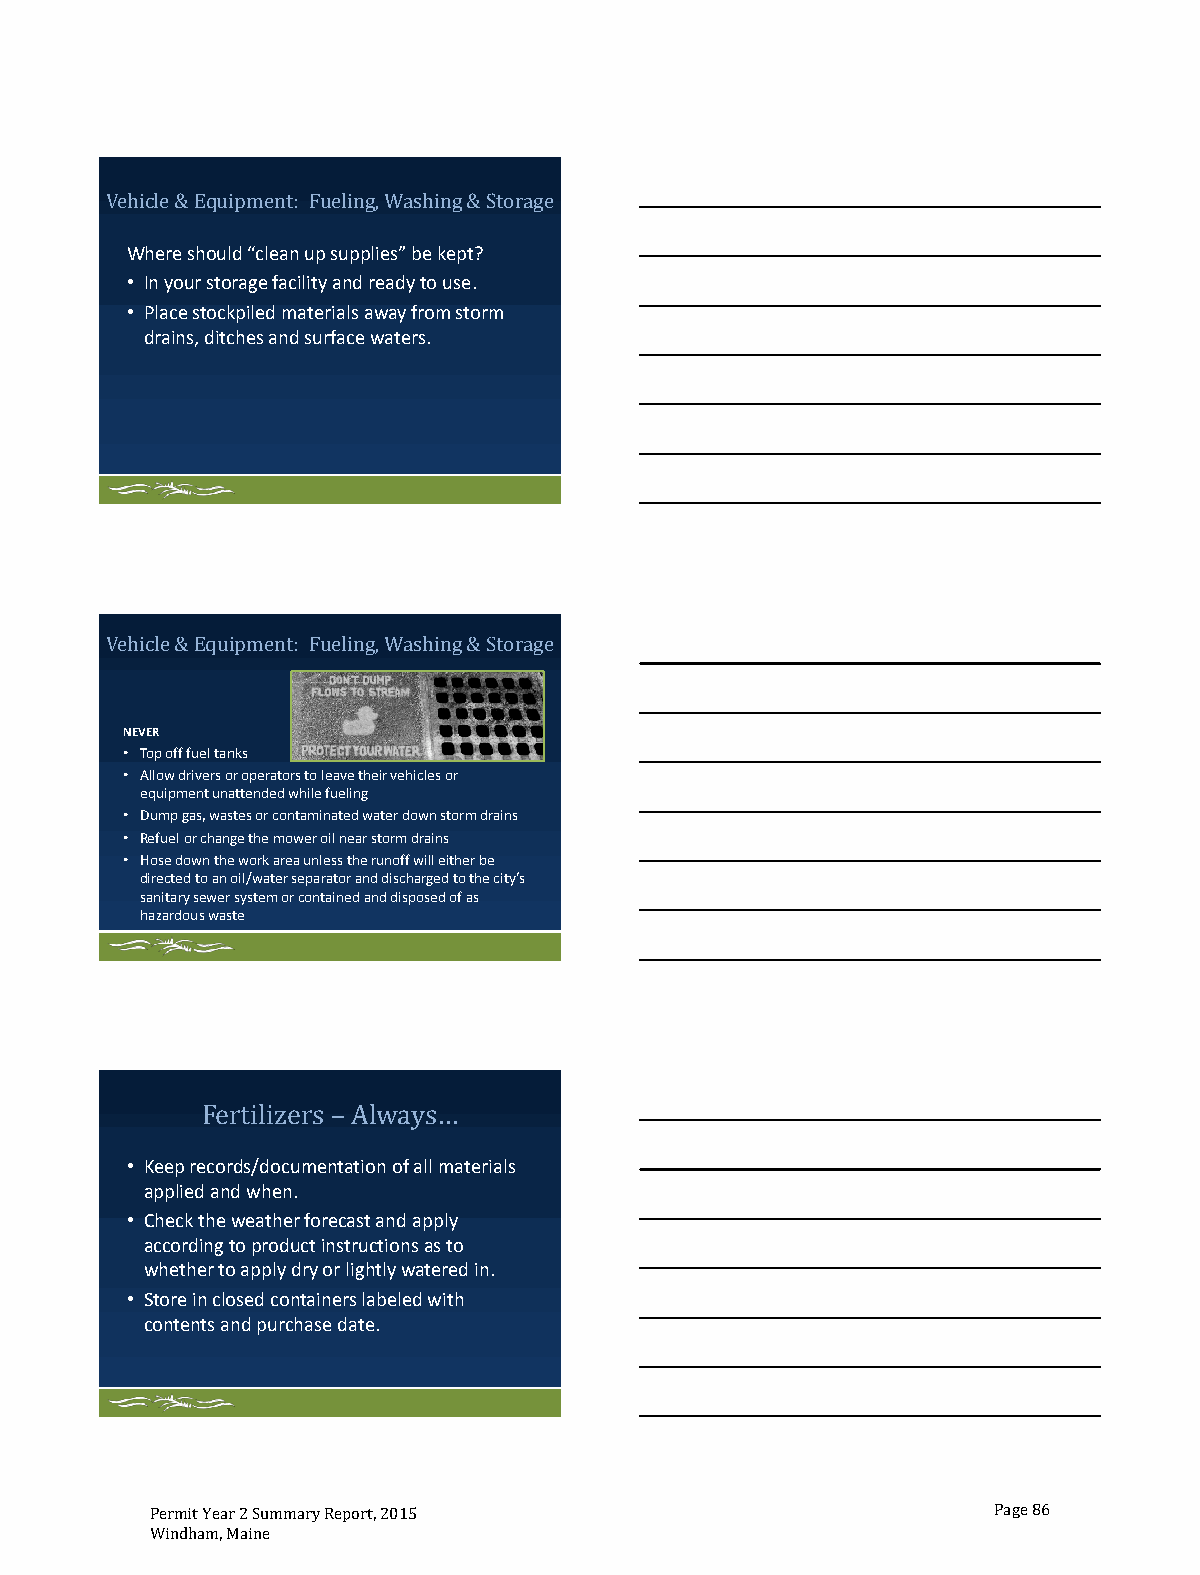
cle & E  : F ling, W ng & St
 VeWhihere shqouulidp m“celenatn upu seupplies”a bshe ikept? orage
 • In your storage facility and ready to use.
 • Place stockpiled materials away from storm
 drains, ditches and surface waters.
 e & ipment: F W shing &
 Vehicl Equ    ueling, a  Storage
 NEVER
 • Top off fuel tanks
 • Allow drivers or operators to leave their vehicles or
 equipment unattended while fueling
 • Dump gas, wastes or contaminated water down storm drains
 • Refuel or change the mower oil near storm drains
 • Hose down the work area unless the runoff will either be
 directed to an oil/water separator and discharged to the city’s
 sanitary sewer system or contained and disposed of as
 hazardous waste
 s
 • Keep re Fc eor rd ts i/ ld io zc eu rmen –ta Atio lwn o af yal sl …materials
 applied and when.
 • Check the weather forecast and apply
 according to product instructions as to
 whether to apply dry or lightly watered in.
 • Store in closed containers labeled with
 contents and purchase date.
 Permit Year 2 Summary Report, 2015                      Page 86
 Windham, Maine